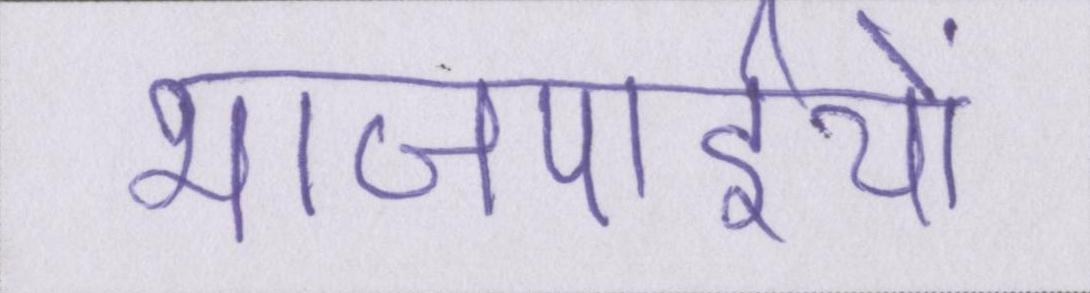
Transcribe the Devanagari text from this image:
भाजपाईयों